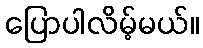
ပြောပါလိမ့်မယ်။